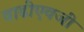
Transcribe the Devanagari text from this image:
वाढीएवजी